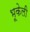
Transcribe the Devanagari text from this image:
भूकेली